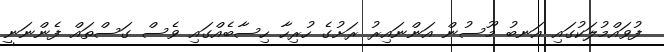
ފުވައްމުލަކުގައި އަނބު މޫސުން އަންނައިރު ރަށުގެ ހުރިހާ ހިސާބެއްގައި ވެސް ގަސްތައް ފެންނަނީ